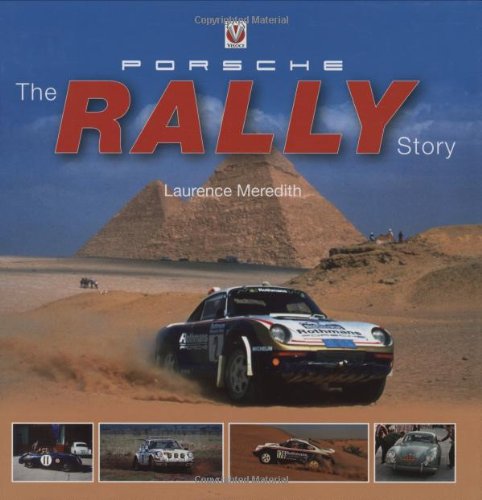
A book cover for Porsche: The Rally Story; Laurence Meredith; Engineering & Transportation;